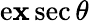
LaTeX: \operatorname{e\mathbf{x}sec}\theta